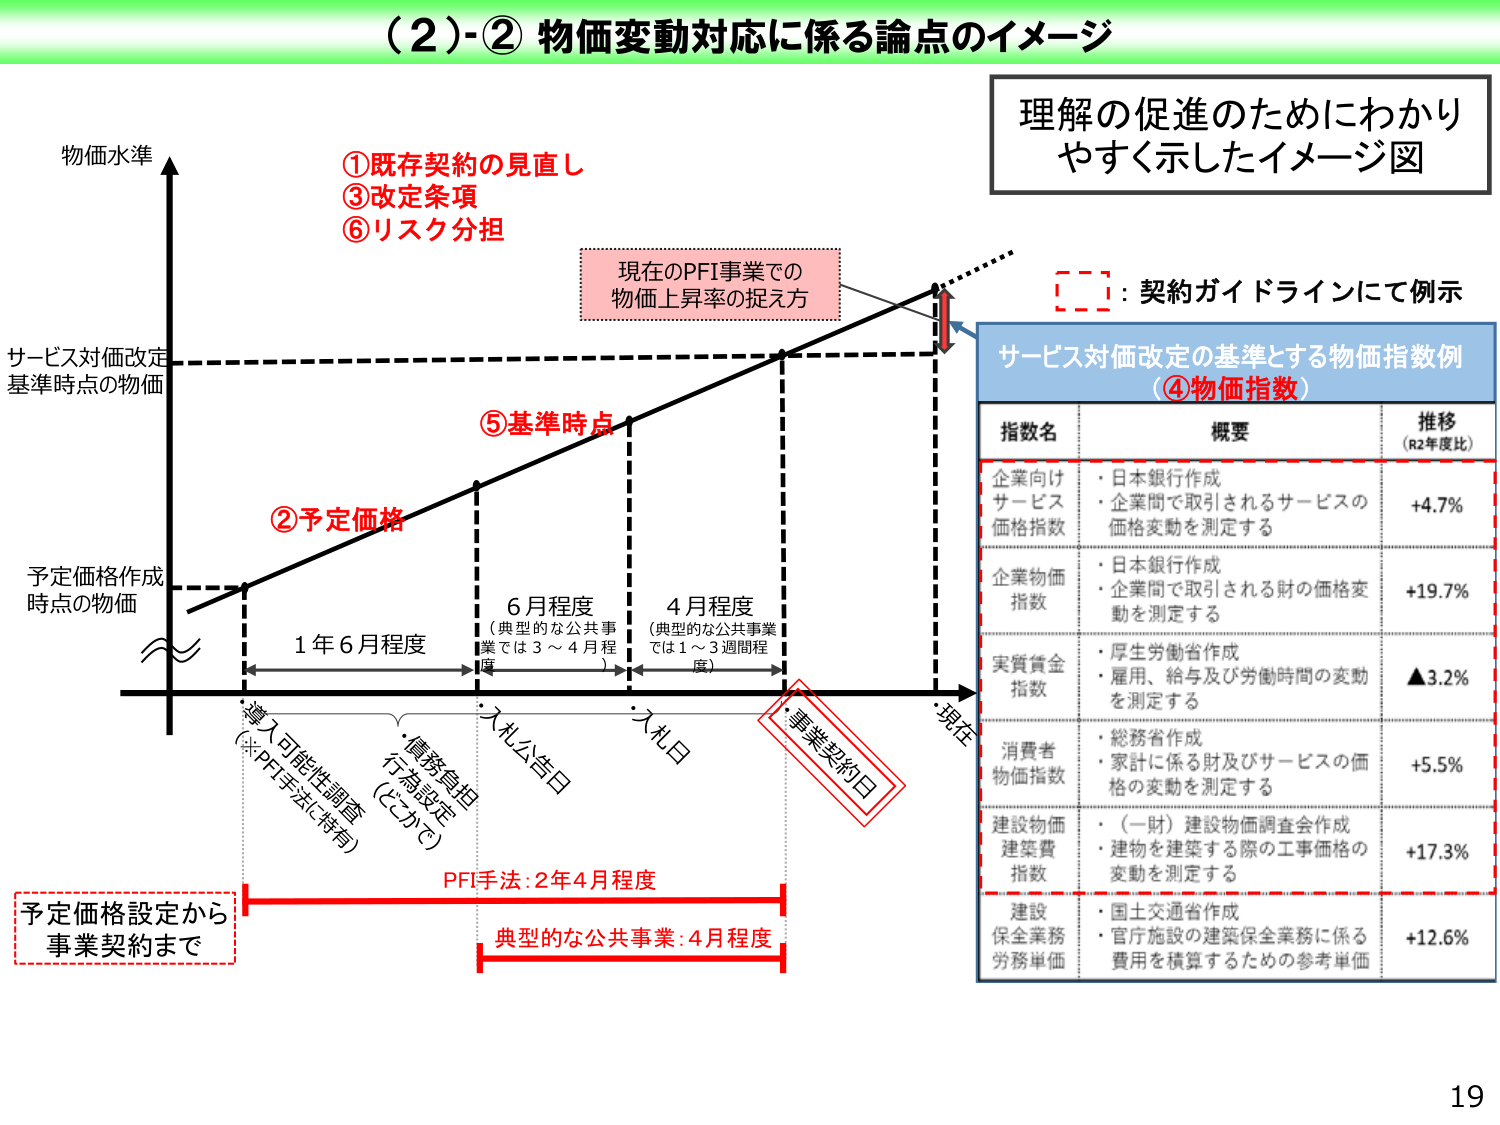
（2）-② 物価変動対応に係る論点のイメージ

理解の促進のためにわかりやすく示したイメージ図

物価水準

①既存契約の見直し
③改定条項
⑥リスク分担

現在のPFI事業での
物価上昇率の捉え方

⑤基準時点

②予定価格

サービス対価改定
基準時点の物価

予定価格作成
時点の物価

1年6月程度
（典型的な公共事業では3～4月程度）

6月程度
（典型的な公共事業では1～3週間程度）

4月程度
（典型的な公共事業では1～3週間程度）

・導入可能性調査
（※PFI手法に特有）
・債務負担行為設定（とかく）
・入札公告日
・入札日
・事業契約日
・現在

予定価格設定から
事業契約まで

PFI手法：2年4月程度
典型的な公共事業：4月程度

[ ]：契約ガイドラインにて例示

サービス対価改定の基準とする物価指数例
（④物価指数）

指数名　　　　　　　概要　　　　　　　　　　　　　　　　　　　　　推移（R2年度比）

企業向けサービス価格指数　・日本銀行作成
　　　　　　　　　　　　・企業間で取引されるサービスの価格変動を測定する　　+4.7%

企業物価指数　　　　　　・日本銀行作成
　　　　　　　　　　　　・企業間で取引される財の価格変動を測定する　　　　　　+19.7%

実質賃金指数　　　　　　・厚生労働省作成
　　　　　　　　　　　　・雇用、給与及び労働時間の変動を測定する　　　　　　　　▲3.2%

消費者物価指数　　　　　・総務省作成
　　　　　　　　　　　　・家計に係る財及びサービスの価格の変動を測定する　　　　+5.5%

建設物価建築費指数　　・（一財）建設物価調査会作成
　　　　　　　　　　　　・建物を建築する際の工事価格の変動を測定する　　　　　　+17.3%

建設保全業務労務単価　・国土交通省作成
　　　　　　　　　　　　・官庁施設の建築保全業務に係る費用を積算するための参考単価　+12.6%

19